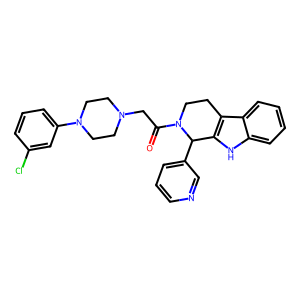
SMILES: O=C(CN1CCN(c2cccc(Cl)c2)CC1)N1CCc2c([nH]c3ccccc23)C1c1cccnc1
Inhibits HIV replication: No